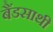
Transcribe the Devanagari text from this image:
बैंडसाथी